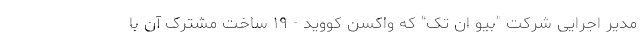
مدیر اجرایی شرکت "بیو ان تک" که واکسن کووید - ۱۹ ساخت مشترک آن با